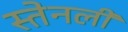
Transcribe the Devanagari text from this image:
स्तेनली